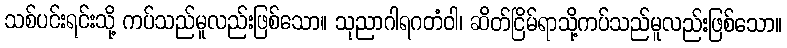
သစ်ပင်းရင်းသို့ ကပ်သည်မူလည်းဖြစ်သော။ သုညာဂါရဂတံဝါ၊ ဆိတ်ငြိမ်ရာသို့ကပ်သည်မူလည်းဖြစ်သော။